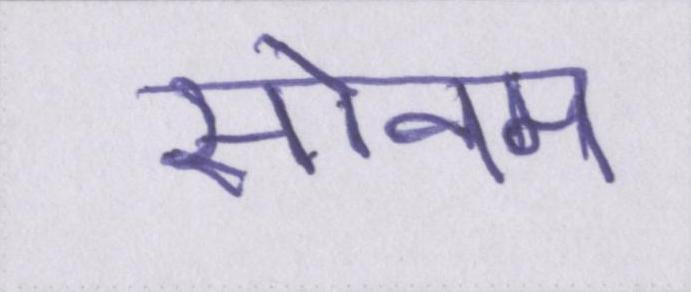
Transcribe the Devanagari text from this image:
सोनम